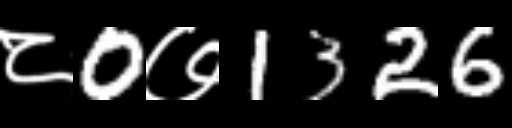
Text: ८0७1326